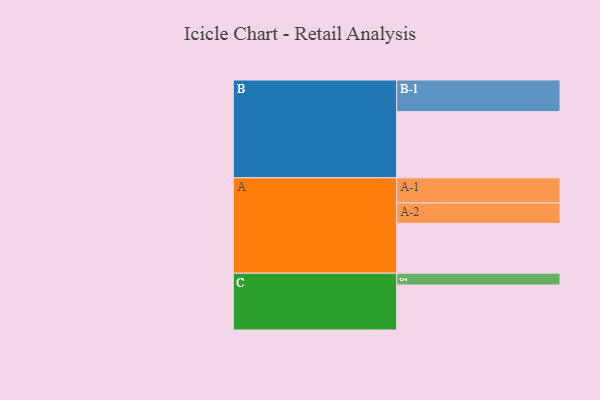
{"axis": {"x": "Segment", "y": "Value"}, "legend": ["", "A", "B", "C"], "data": [{"x": "A", "y": 432, "type": ""}, {"x": "B", "y": 574, "type": ""}, {"x": "C", "y": 390, "type": ""}, {"x": "A-1", "y": 218, "type": "A"}, {"x": "A-2", "y": 177, "type": "A"}, {"x": "B-1", "y": 274, "type": "B"}, {"x": "C-1", "y": 102, "type": "C"}]}